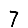
Digit: 7